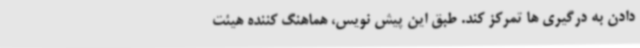
دادن به درگیری ها تمرکز کند. طبق این پیش نویس، هماهنگ کننده هیئت